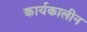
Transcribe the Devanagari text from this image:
कार्यकालीन